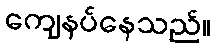
ကျေနပ်နေသည်။